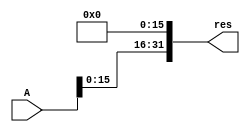
module sixteenLeftShift(res, A);      
    input [31:0] A;
    output [31:0] res;
    assign res[31:16] = A[15:0];
    assign res[15:0] = {1'b0,1'b0,1'b0,1'b0,1'b0,1'b0,1'b0,1'b0,1'b0,1'b0,1'b0,1'b0,1'b0,1'b0,1'b0,1'b0};
endmodule

module eightLeftShift(res, A);      
    input [31:0] A;
    output [31:0] res;
    assign res[31:8] = A[23:0];
    assign res[7:0] = {1'b0,1'b0,1'b0,1'b0,1'b0,1'b0,1'b0,1'b0};

endmodule

module fourLeftShift(res, A);      
    input [31:0] A;
    output [31:0] res;
    assign res[31:4] = A[27:0];
    assign res[3:0] = {1'b0,1'b0,1'b0,1'b0};

endmodule

module twoLeftShift(res, A);     
    input [31:0] A;
    output [31:0] res;
    assign res[31:2] = A[29:0];
    assign res[1:0] = {1'b0,1'b0};
endmodule

module oneLeftShift(res, A);     
    input [31:0] A;
    output [31:0] res;
    assign res[31:1] = A[30:0];
    assign res[0] = {1'b0};
endmodule

module sixteenRightShift(res, A);      
    input [31:0] A;
    output [31:0] res;
    assign res[15:0] = A[31:16];
    assign res[31:16] = {A[31],A[31],A[31],A[31],A[31],A[31],A[31],A[31],A[31],A[31],A[31],A[31],A[31],A[31],A[31],A[31]};
endmodule

module eightRightShift(res, A);      
    input [31:0] A;
    output [31:0] res;
    assign res[23:0] = A[31:8];
    assign res[31:24] = {A[31],A[31],A[31],A[31],A[31],A[31],A[31],A[31]};
endmodule

module fourRightShift(res, A);      
    input [31:0] A;
    output [31:0] res;
    assign res[27:0] = A[31:4];
    assign res[31:28] = {A[31],A[31],A[31],A[31]};
endmodule

module twoRightShift(res, A);      
    input [31:0] A;
    output [31:0] res;
    assign res[29:0] = A[31:2];
    assign res[31:30] = {A[31],A[31]};
endmodule

module oneRightShift(res, A);      
    input [31:0] A;
    output [31:0] res;
    assign res[30:0] = A[31:1];
    assign res[31] = A[31];
endmodule